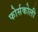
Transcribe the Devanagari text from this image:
फोर्सकोली